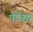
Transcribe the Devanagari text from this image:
फॅब्रिस